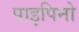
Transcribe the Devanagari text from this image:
पाइपिनो